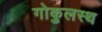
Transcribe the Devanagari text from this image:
गोकुलस्थ